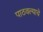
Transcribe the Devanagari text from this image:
पाठवल्याचे